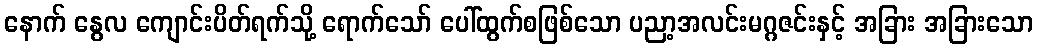
နောက် နွေလ ကျောင်းပိတ်ရက်သို့ ရောက်သော် ပေါ်ထွက်စဖြစ်သော ပညာ့အလင်းမဂ္ဂဇင်းနှင့် အခြား အခြားသော